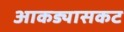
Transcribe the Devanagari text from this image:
आकड्यासकट